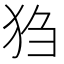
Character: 𪺸